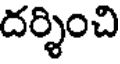
దర్శించి